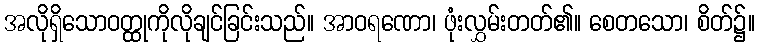
အလိုရှိသောဝတ္ထုကိုလိုချင်ခြင်းသည်။ အာဝရဏော၊ ဖုံးလွှမ်းတတ်၏။ စေတသော၊ စိတ်၌။